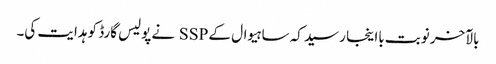
بالآخر نوبت بااینجا رسید کہ ساہیوال کے SSP نے پولیس گارڈ کو ہدایت کی۔